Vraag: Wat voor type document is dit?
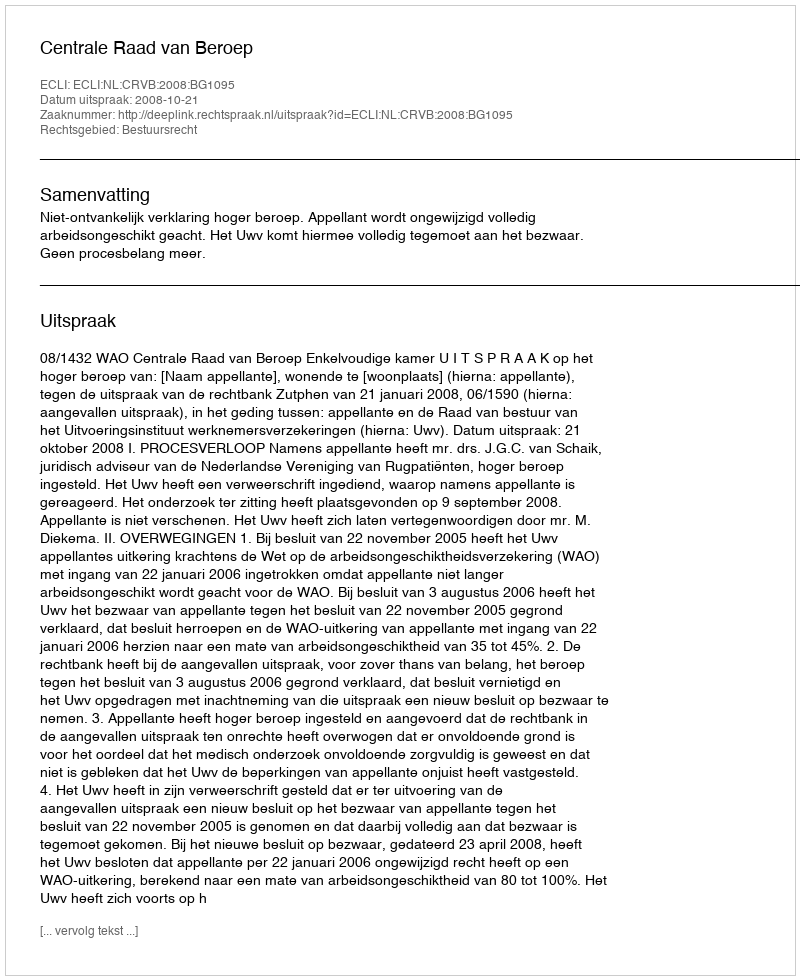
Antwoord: Uitspraak